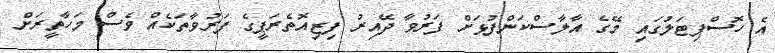
އެ ހޮސްޕިޓަލުގައި މޭގެ އާލާސްކަންފުޅަށް ފަރުވާ ދޭއިރު ފިޒިއޮތެރަޕީގެ ފަރުވާތަކެއް ވެސް މަހާތީރަށް